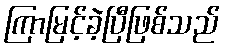
ကြာမြင့်ခဲ့ပြီဖြစ်သည်